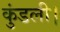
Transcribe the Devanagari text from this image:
कुंडली।